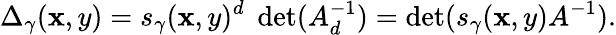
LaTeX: \Delta_{\gamma}(\mathbf{x},y)=s_{\gamma}(\mathbf{x},y)^{d}\; \operatorname*{det}(A_{d}^{-1})=\operatorname*{det}(s_{\gamma}(\mathbf{x},y)A^{-1}).